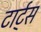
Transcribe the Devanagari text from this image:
टार्ट्‌स